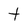
Character: t